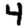
Digit: 4